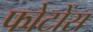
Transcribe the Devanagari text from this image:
फोटोंस